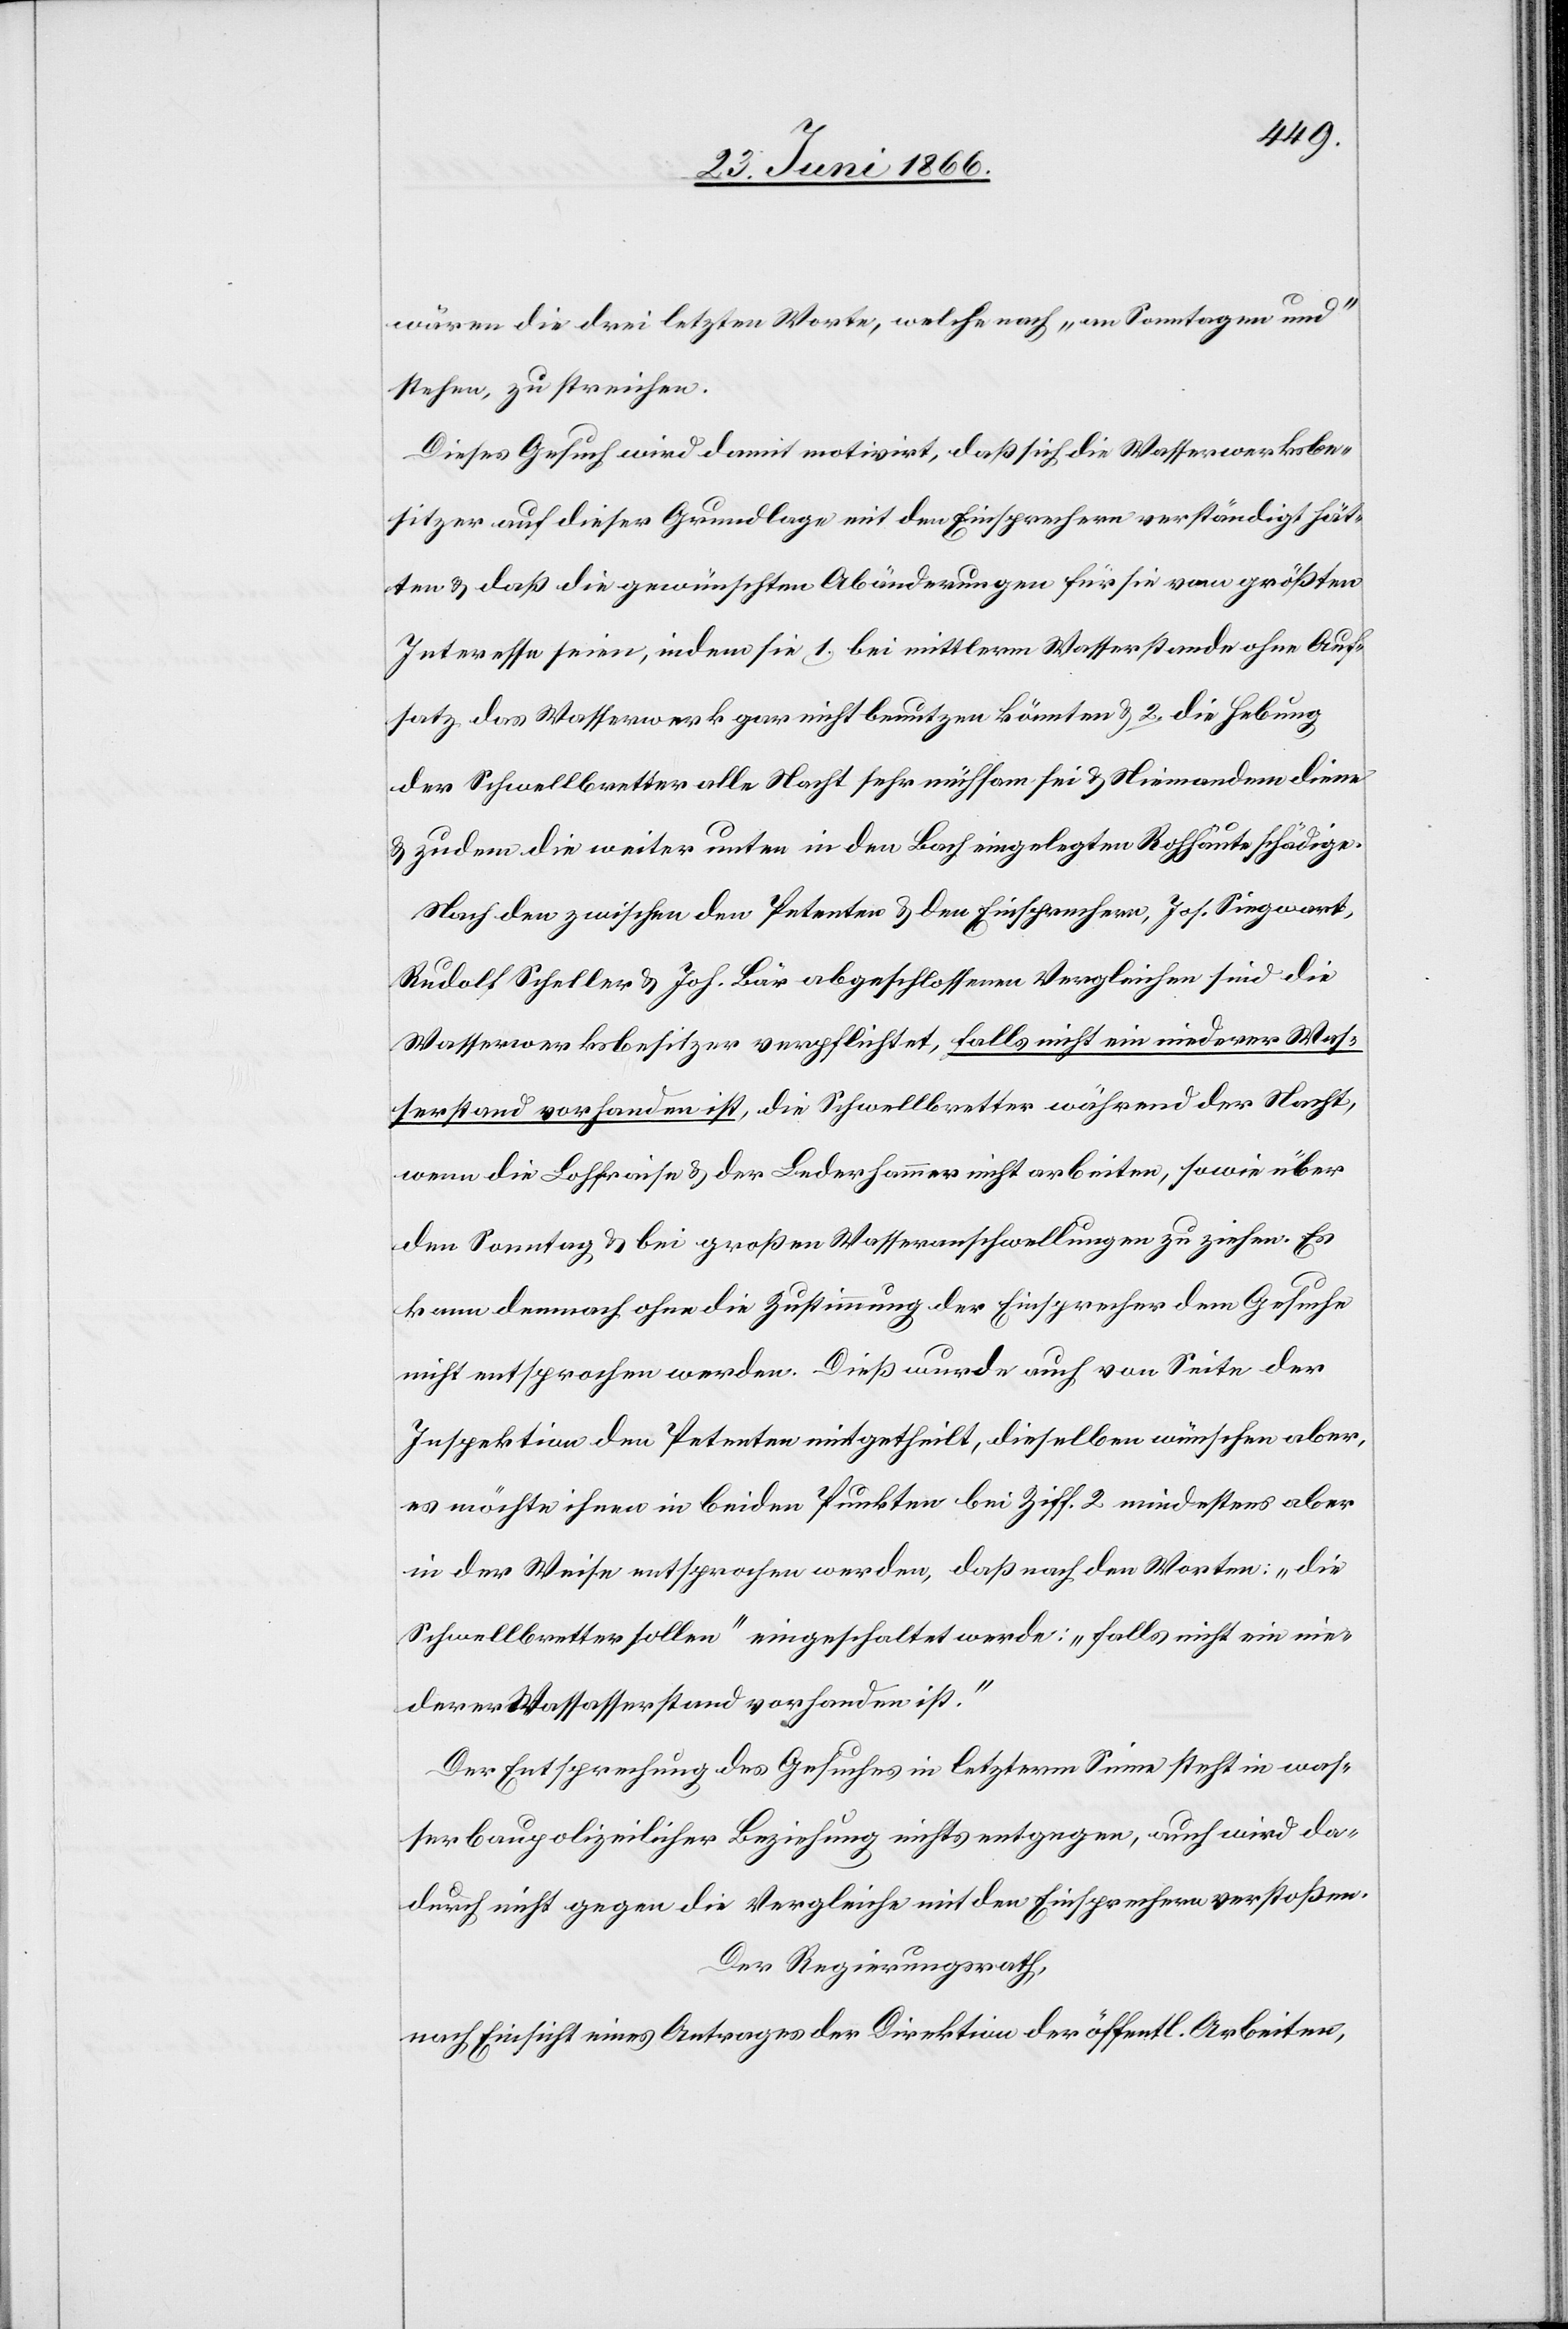
wären die drei letzten Worte, welche nach „an Sonntagen und“
stehen, zu streichen.
Dieses Gesuch wird damit motivirt, daß sich die Wasserwerksbe¬
sitzer auf dieser Grundlage mit den Einsprechern verständigt hät¬
ten u. daß die gewünschten Abänderungen für sie vom größten
Interesse seien, indem sie 1. bei mittlerm Wasserstande ohne Aufs¬
atz das Wasserwerk gar nicht benutzen könnten u. 2. die Hebung
der Schwellbretter alle Nacht sehr mühsam sei u. Niemandem diene
u. zudem die weiter unten in den Bach eingelegten Rohhäute schädige.
Nach den zwischen den Petenten u. den Einsprechern, Jos. Siegwart,
Rudolf Scheller u. Joh. Bär abgeschlossenen Vergleichen sind die
Wasserwerksbesitzer verpflichtet, falls nicht ein niederer Was¬
serstand vorhanden ist, die Schwellbretter während der Nacht,
wenn die Lohfraise u. der Lederhammer nicht arbeiten, sowie über
den Sonntag u. bei großen Wasseranschwellungen zu ziehen. Es
kann demnach ohne die Zustimmung der Einsprecher dem Gesuche
nicht entsprochen werden. Dieß wurde auch von Seite der
Inspektion den Petenten mitgetheilt, dieselben wünschen aber,
es möchte ihnen in beiden Punkten bei Ziff. 2 mindestens aber
in der Weise entsprochen werden, daß nach den Worten: „die
Schwellbretter sollen“ eingeschaltet werde: „falls nicht ein nie¬
derer Wasserstand vorhanden ist.“
Der Entsprechung des Gesuches in letzterm Sinne steht in was¬
serbaupolizeilicher Beziehung nichts entgegen, auch wird da¬
durch nicht gegen die Vergleiche mit den Einsprechern verstoßen.
Der Regierungsrath,
nach Einsicht eines Antrages der Direktion der öffentl. Arbeiten,